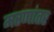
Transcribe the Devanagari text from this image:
मरणांतर